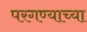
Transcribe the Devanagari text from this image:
परगण्याच्या